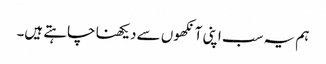
ہم یہ سب اپنی آنکھوں سے دیکھنا چاہتے ہیں۔